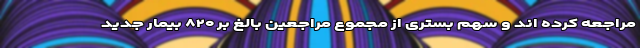
مراجعه کرده اند و سهم بستری از مجموع مراجعین بالغ بر ۸۲۰ بیمار جدید